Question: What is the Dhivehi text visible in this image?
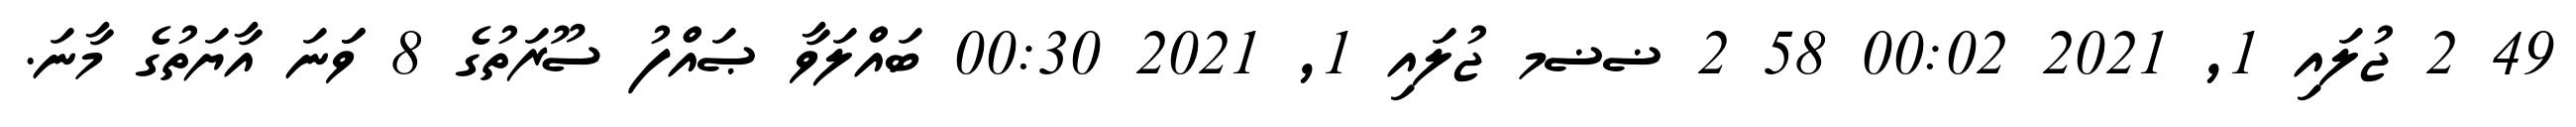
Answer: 49 2 ޖުލައި 1, 2021 00:02 58 2 ޟޟމ ޖުލައި 1, 2021 00:30 ބައްލަވާ ޞައްފު ސޫރަތުގެ 8 ވަަނަ އާޔަތުގެ މާނަ.